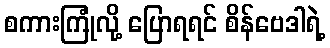
စကားကြုံလို့ ပြောရရင် စိန်ဗေဒါရဲ့